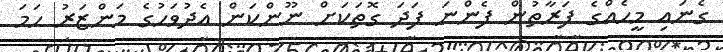
ގެނައި މީހެއްގެ ފަރާތުން ފެންނަ ފަދަ ގޮތަކަށް ނޫންކަން އެދުވަހުގެ މަންޒަރު ހަމަ